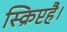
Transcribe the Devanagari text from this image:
स्क्रिप्टहै।